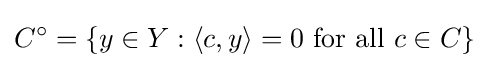
C^{\circ }=\left\{y\in Y:\langle c,y\rangle =0{\text{ for all }}c\in C\right\}